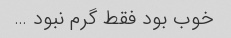
خوب بود فقط گرم نبود …